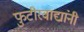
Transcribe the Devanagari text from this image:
फुटीरवाद्यांनी